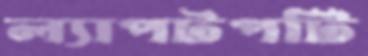
ল্যাপটপটি